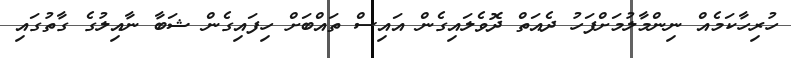
ހުރިހާކަމެއް ނިންމާލުމަށްފަހު ދެއަތް ދޮވެލައިގެން އައިސް ތައްބަށް ހިފައިގެން ޝަބާ ނާއިލުގެ ގާތުގައި